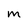
Character: m